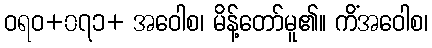
ဝရဝ+၀၇၁+ အဝေါစ၊ မိန့်တော်မူ၏။ ကိံအဝေါစ၊